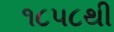
૧૮૫૮થી